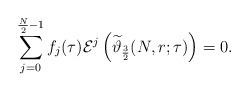
LaTeX: \begin{align*}\sum_{j=0}^{\frac N2-1}f_{j}(\tau)\mathcal{E}^{j}\left(\widetilde{\vartheta}_{\frac32}(N,r;\tau)\right)=0.\end{align*}